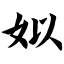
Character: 姒